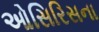
ઓસિરિસના